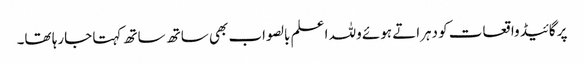
پر گائیڈ واقعات کو دہراتے ہوئے وللہ ا علم بالصواب بھی ساتھ ساتھ کہتا جارہا تھا۔